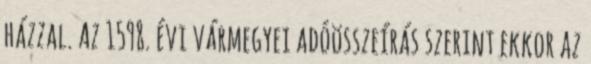
házzal. Az 1598. évi vármegyei adóösszeírás szerint ekkor az